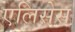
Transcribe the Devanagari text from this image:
एलिसेस